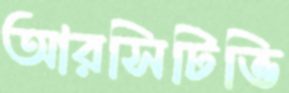
আরসিটিভি